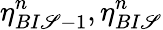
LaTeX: \eta_{BI\mathscr{S}-1}^{n},\eta_{BI\mathscr{S}}^{n}